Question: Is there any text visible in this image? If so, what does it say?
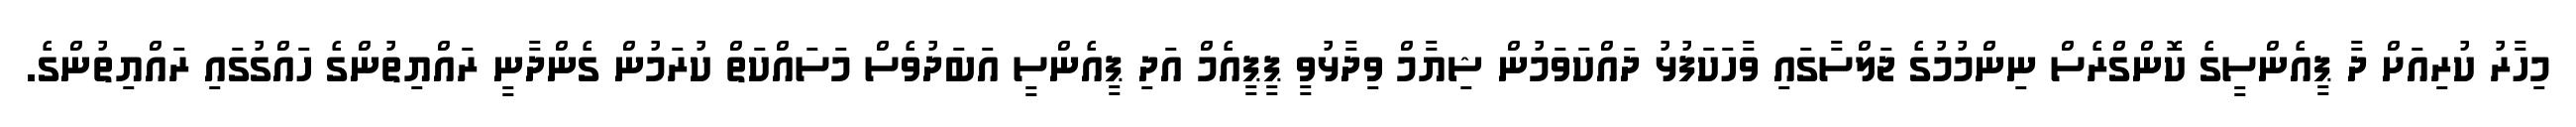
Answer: މިހާރު ކުރިއަށް ދާ ޕީއެންސީގެ ކޮންގްރެސް ނިންމުމުގެ ޖަލްސާގައި ވާހަކަފުޅު ދައްކަވަމުން ޝިޔާމް ވިދާޅުވީ ޕީޕީއެމް އަދި ޕީއެންސީ އަބަދުވެސް މަސައްކަތް ކުރަމުން ގެންދާނީ ރައްޔިތުންގެ ހައްގުގައި ރައްޔިތުންގެ.